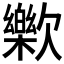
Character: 𣤰